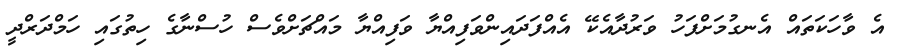
އެ ވާހަކަތައް އެނގުމަށްފަހު ވަރުދާއެކޭ އެއްފަދައިންވަފިއްޔާ ވަފިއްޔާ މައްޗަށްވެސް ހުސްނާގެ ހިތުގައި ހަމްދަރްދީ